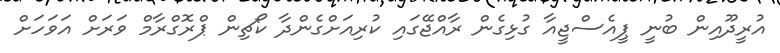
އުރީދޫއިން ބުނީ ޕީއެސްޖީއާ ގުޅިގެން ރާއްޖޭގައި ކުރިއަށްގެންދާ ކޯޗިން ޕްރޮގްރާމް ވަރަށް އަވަހަށް